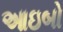
આઇબો